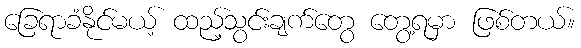
ခြေရာခံနိုင်မယ့် ထည့်သွင်းချက်တွေ တွေ့ရမှာ ဖြစ်တယ်။